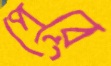
পেরে